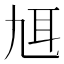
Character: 𦔱